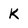
Character: K